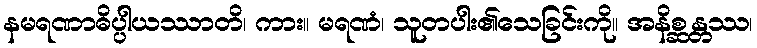
နမရဏာဓိပ္ပါယဿာတိ၊ ကား။ မရဏံ၊ သူတပါး၏သေခြင်းကို။ အနိစ္ဆန္တဿ၊